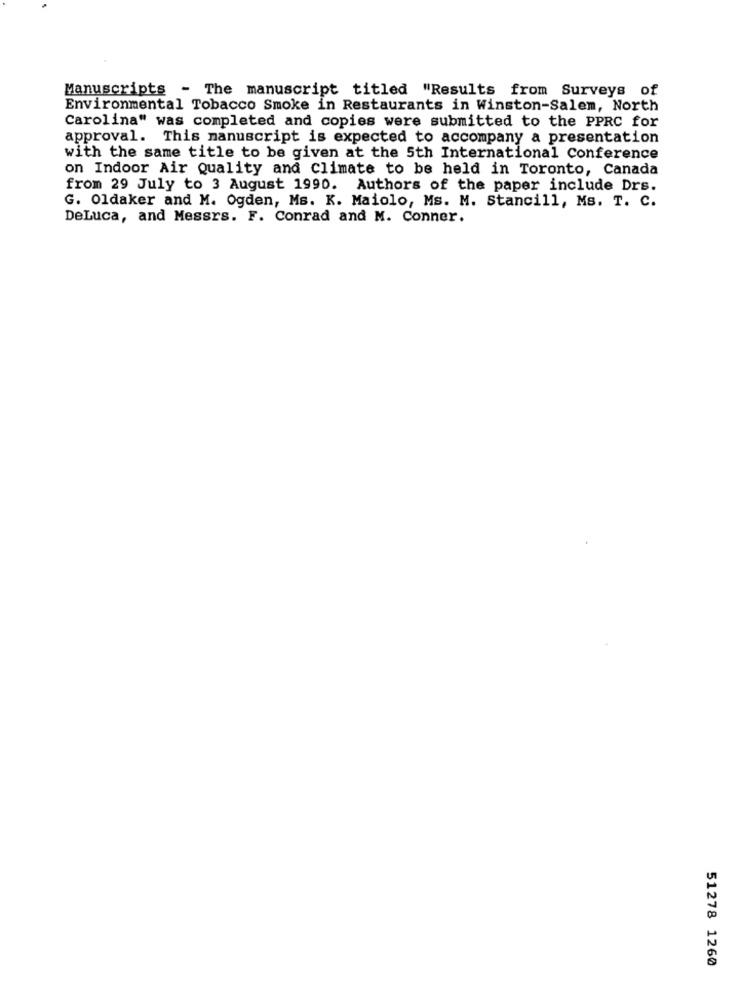
Manuscripts - The manuscript titled "Results from Surveys of
Environmental Tobacco Smoke in Restaurants in Winston-Salem, North
Carolina" was completed and copies were submitted to the PPRC for
approval. This manuscript is expected to accompany a presentation
with the same title to be given at the 5th International Conference
on Indoor Air Quality and Climate to be held in Toronto, Canada
from 29 July to 3 August 1990. Authors of the paper include Drs.
G. Oldaker and M. Ogden, Ms. K. Maiolo, Ms. M. Stancill, Ms. T. C.
DeLuca, and Messrs. F. Conrad and M. Conner.
51278 1260